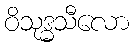
ဝိသုဒ္ဓသီလော